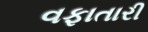
વફાતારી